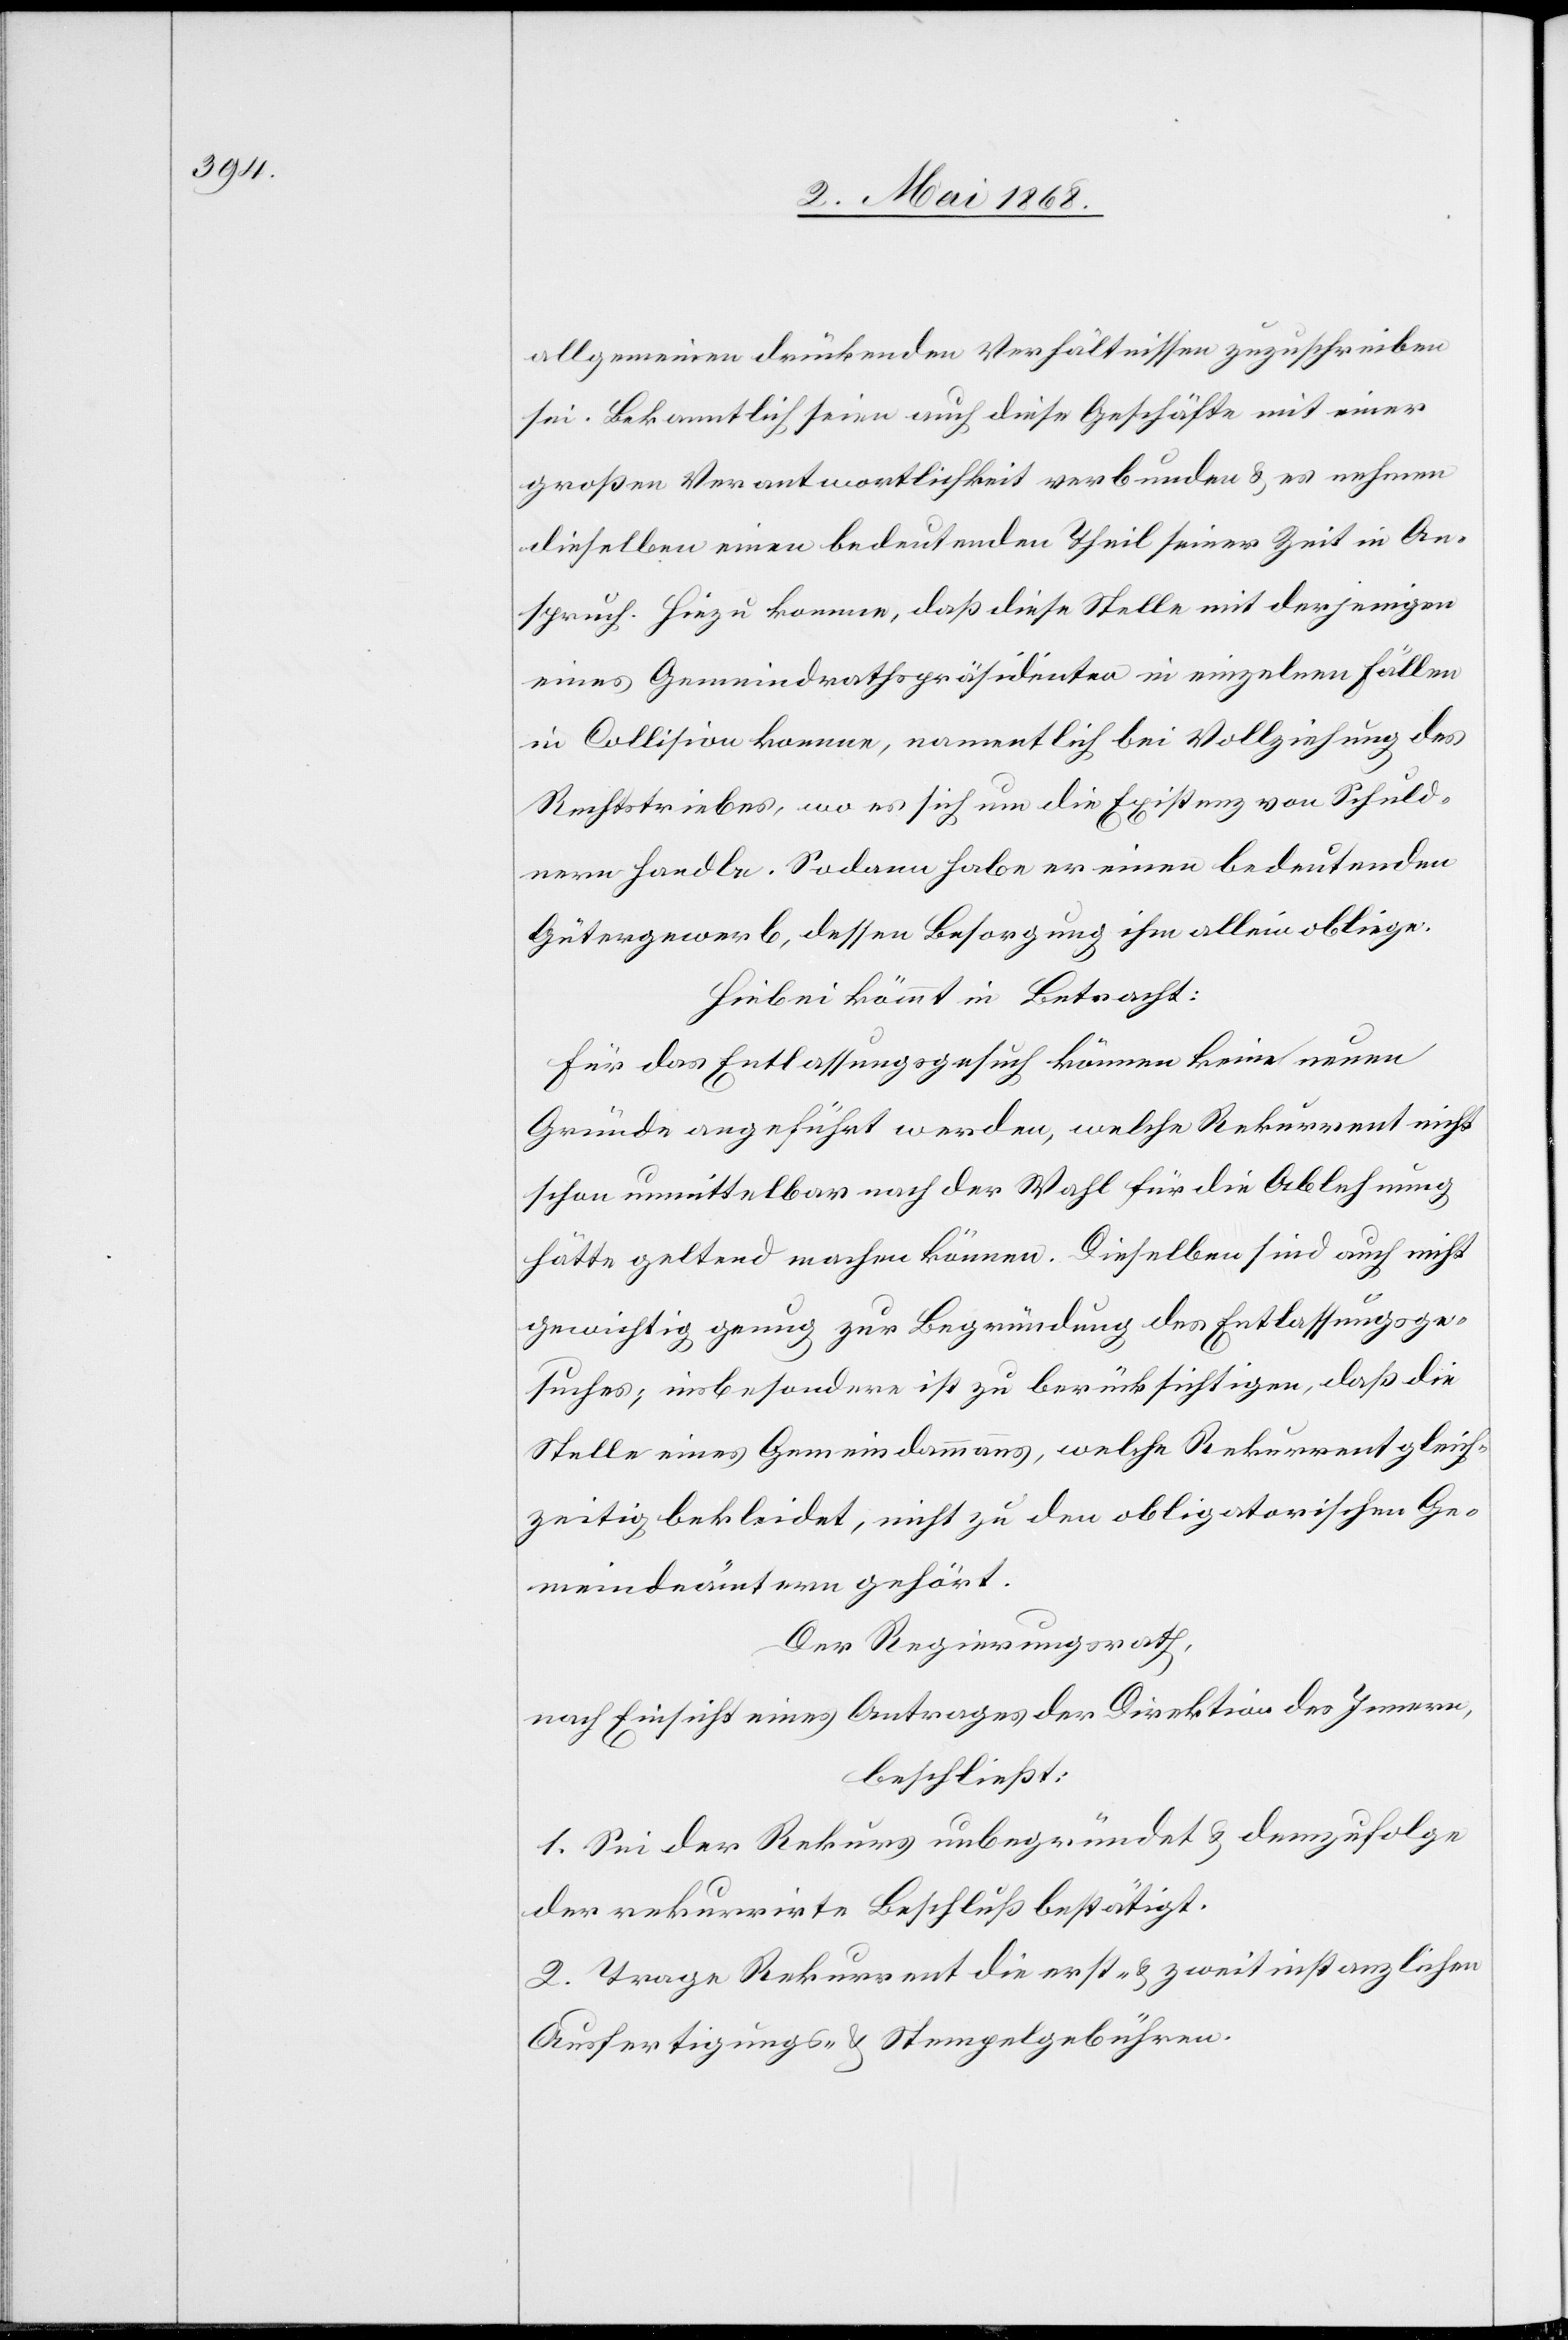
allgemeinen drückenden Verhältnissen zuzuschreiben
sei. Bekanntlich seien auch diese Geschäfte mit einer
großen Verantwortlichkeit verbunden & es nehmen
dieselben einen bedeutenden Theil seiner Zeit in An¬
spruch. Hiezu komme, daß diese Stelle mit derjenigen
eines Gemeindrathspräsidenten in einzelnen Fällen
in Collision komme, namentlich bei Vollziehung des
Rechtstriebes, wo es sich um die Existenz von Schuld¬
nern handle. Sodann habe er einen bedeutenden
Gütergewerb, dessen Besorgung ihm allein obliege.
Hiebei kömmt in Betracht:
Für das Entlassungsgesuch können keine neuen
Gründe angeführt werden, welche Rekurrent nicht
schon unmittelbar nach der Wahl für die Ablehnung
hätte geltend machen können. Dieselben sind auch nicht
gewichtig genug zur Begründung des Entlassungsge¬
suches; insbesondere ist zu berücksichtigen, daß die
Stelle eines Gemeindammanns, welche Rekurrent gleich¬
zeitig bekleidet, nicht zu den obligatorischen Ge¬
meindeämtern gehört.
Der Regierungsrath,
nach Einsicht eines Antrages der Direktion des Innern,
beschließt:
1. Sei der Rekurs unbegründet & demzufolge
der rekurrirte Beschluß bestätigt.
2. Trage Rekurrent die erst- & zweitinstanzlichen
Ausfertigungs- & Stempelgebühren.